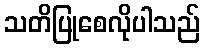
သတိပြုစေလိုပါသည်